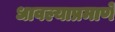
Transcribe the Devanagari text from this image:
धावल्याप्रमाणे